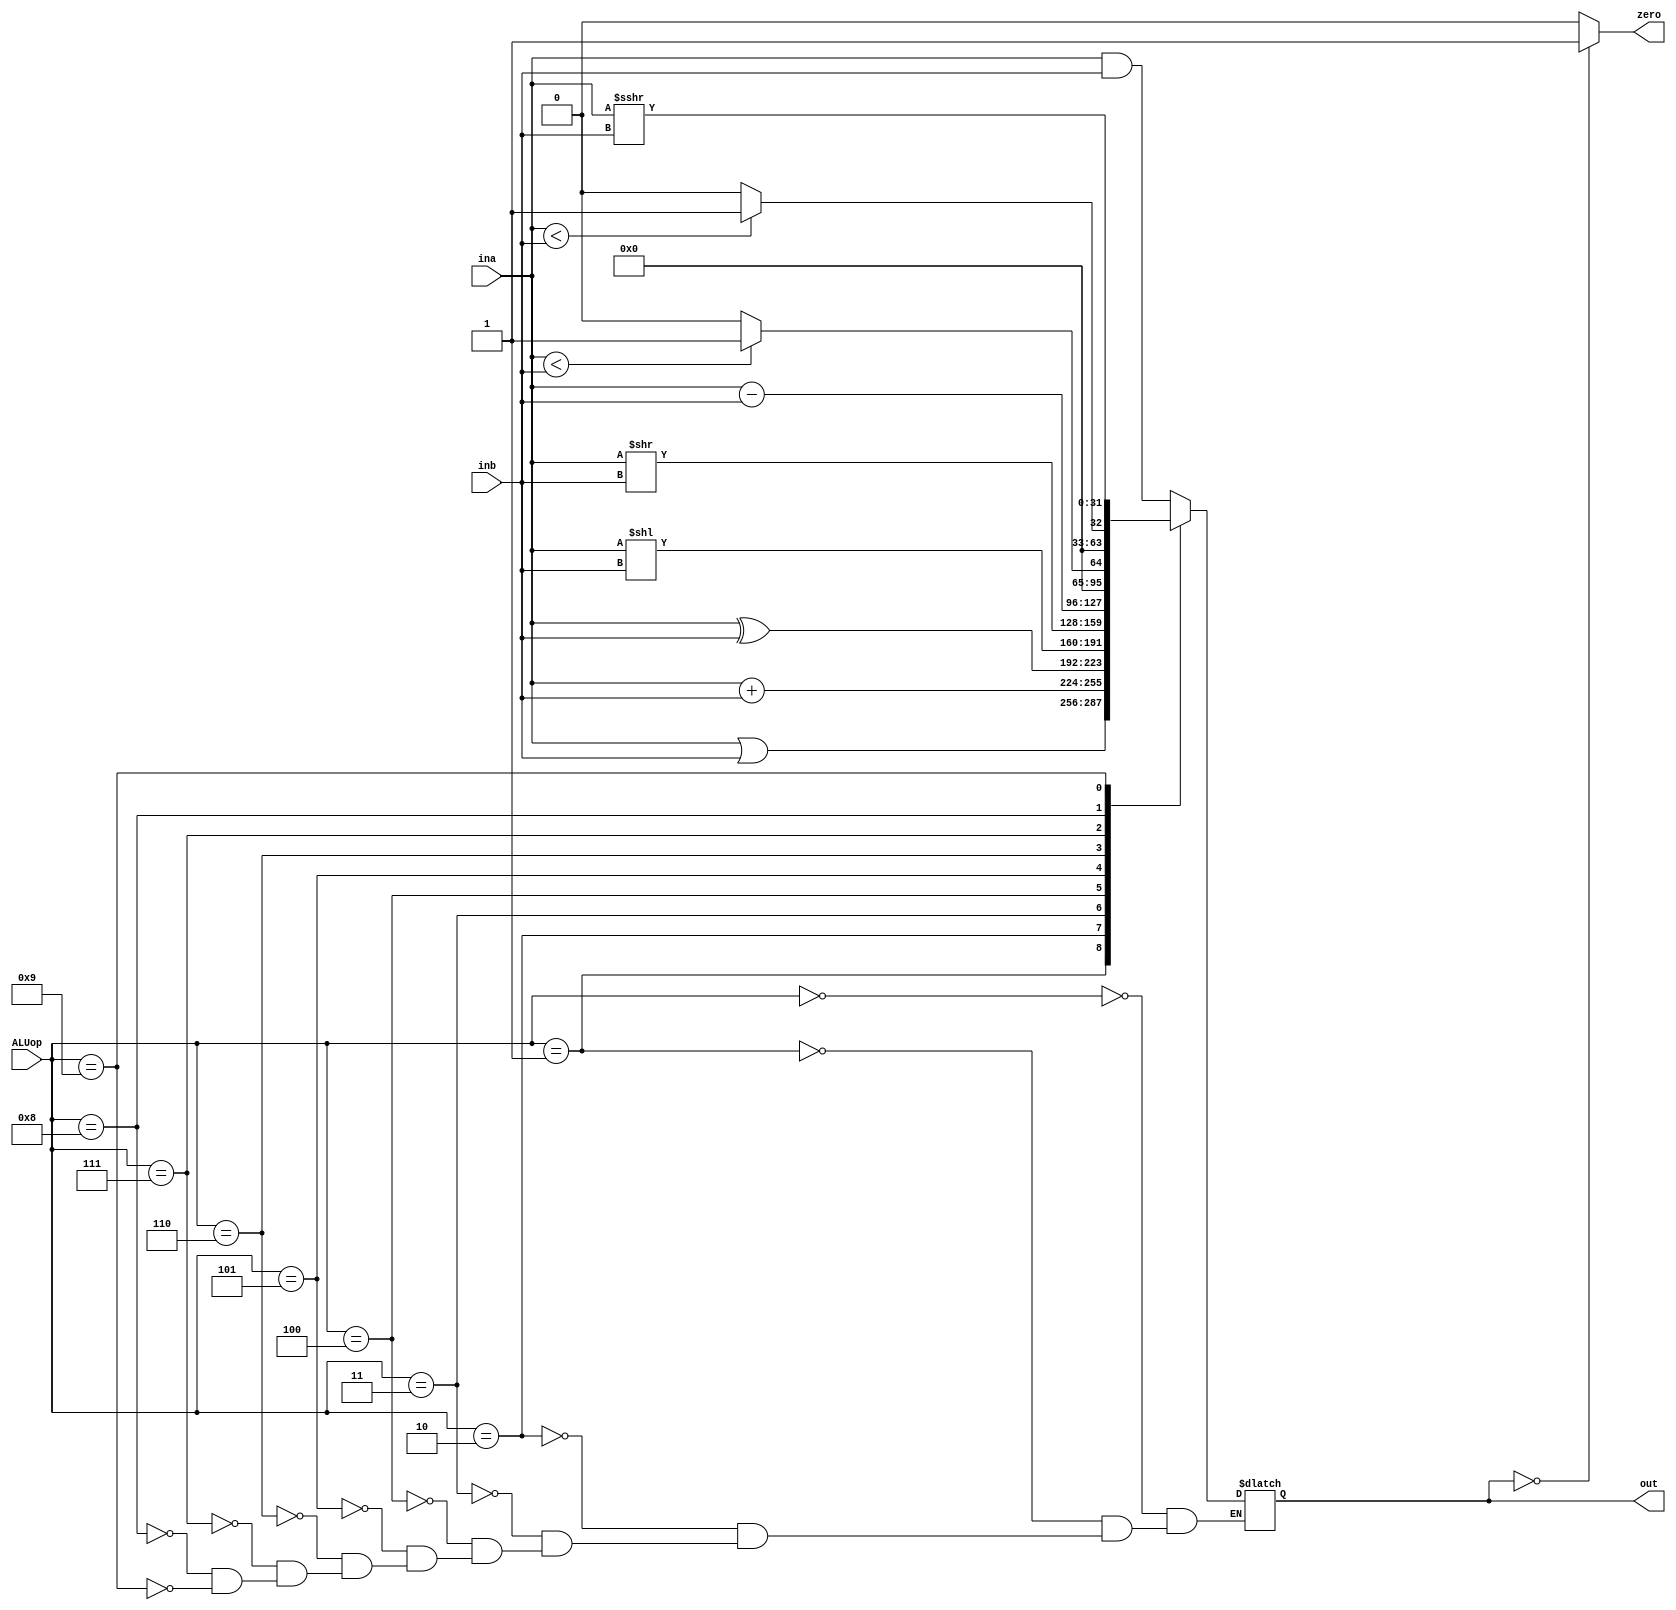
`timescale 1ns / 1ps
//////////////////////////////////////////////////////////////////////////////////
// Company: 
// Engineer: 
// 
// Design Name: 
// Module Name: ALU
// Project Name: 
// Target Devices: 
// Tool Versions: 
// Description: 
// 
// Dependencies: 
// 
// Revision:
// Revision 0.01 - File Created
// Additional Comments:
// 
//////////////////////////////////////////////////////////////////////////////////


module ALU(input [3:0] ALUop,
           input [31:0] ina,inb,
           output zero,
           output reg [31:0] out);

    always@(*) begin
    case(ALUop)
      4'b0000: out = ina & inb;         //and
      4'b0001: out = ina | inb;         //or
      4'b0010: out = ina + inb;         //add
      4'b0011: out = ina ^ inb;         //xor
      4'b0100: out = ina << inb;    	//sll
      4'b0101: out = ina >> inb;   	    //srl
      4'b0110: out = ina - inb;         //sub
      4'b0111: out = (ina < inb) ? 32'b1 : 32'b0;       		        //sltu
      4'b1000: out = ($signed(ina) < $signed(inb)) ? 32'b1 : 32'b0;     //slt
      4'b1001: out = ina >>> inb;       //sra
    endcase
  end
  
  assign zero = (out == 32'b0) ? 1'b1 : 1'b0;
           
endmodule